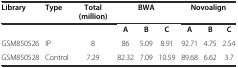
<table><thead><tr><td><b>Library</b></td><td><b>Type</b></td><td><b>Total (million)</b></td><td colspan="3"><b>BWA</b></td><td colspan="3"><b>Novoalign</b></td></tr></thead><tbody><tr><td></td><td></td><td></td><td><b>A</b></td><td><b>B</b></td><td><b>C</b></td><td><b>A</b></td><td><b>B</b></td><td><b>C</b></td></tr><tr><td>GSM850526</td><td>IP</td><td>8</td><td>86</td><td>5.09</td><td>8.91</td><td>92.71</td><td>4.75</td><td>2.54</td></tr><tr><td>GSM850528</td><td>Control</td><td>7.29</td><td>82.32</td><td>7.09</td><td>10.59</td><td>89.68</td><td>6.62</td><td>3.7</td></tr></tbody></table>